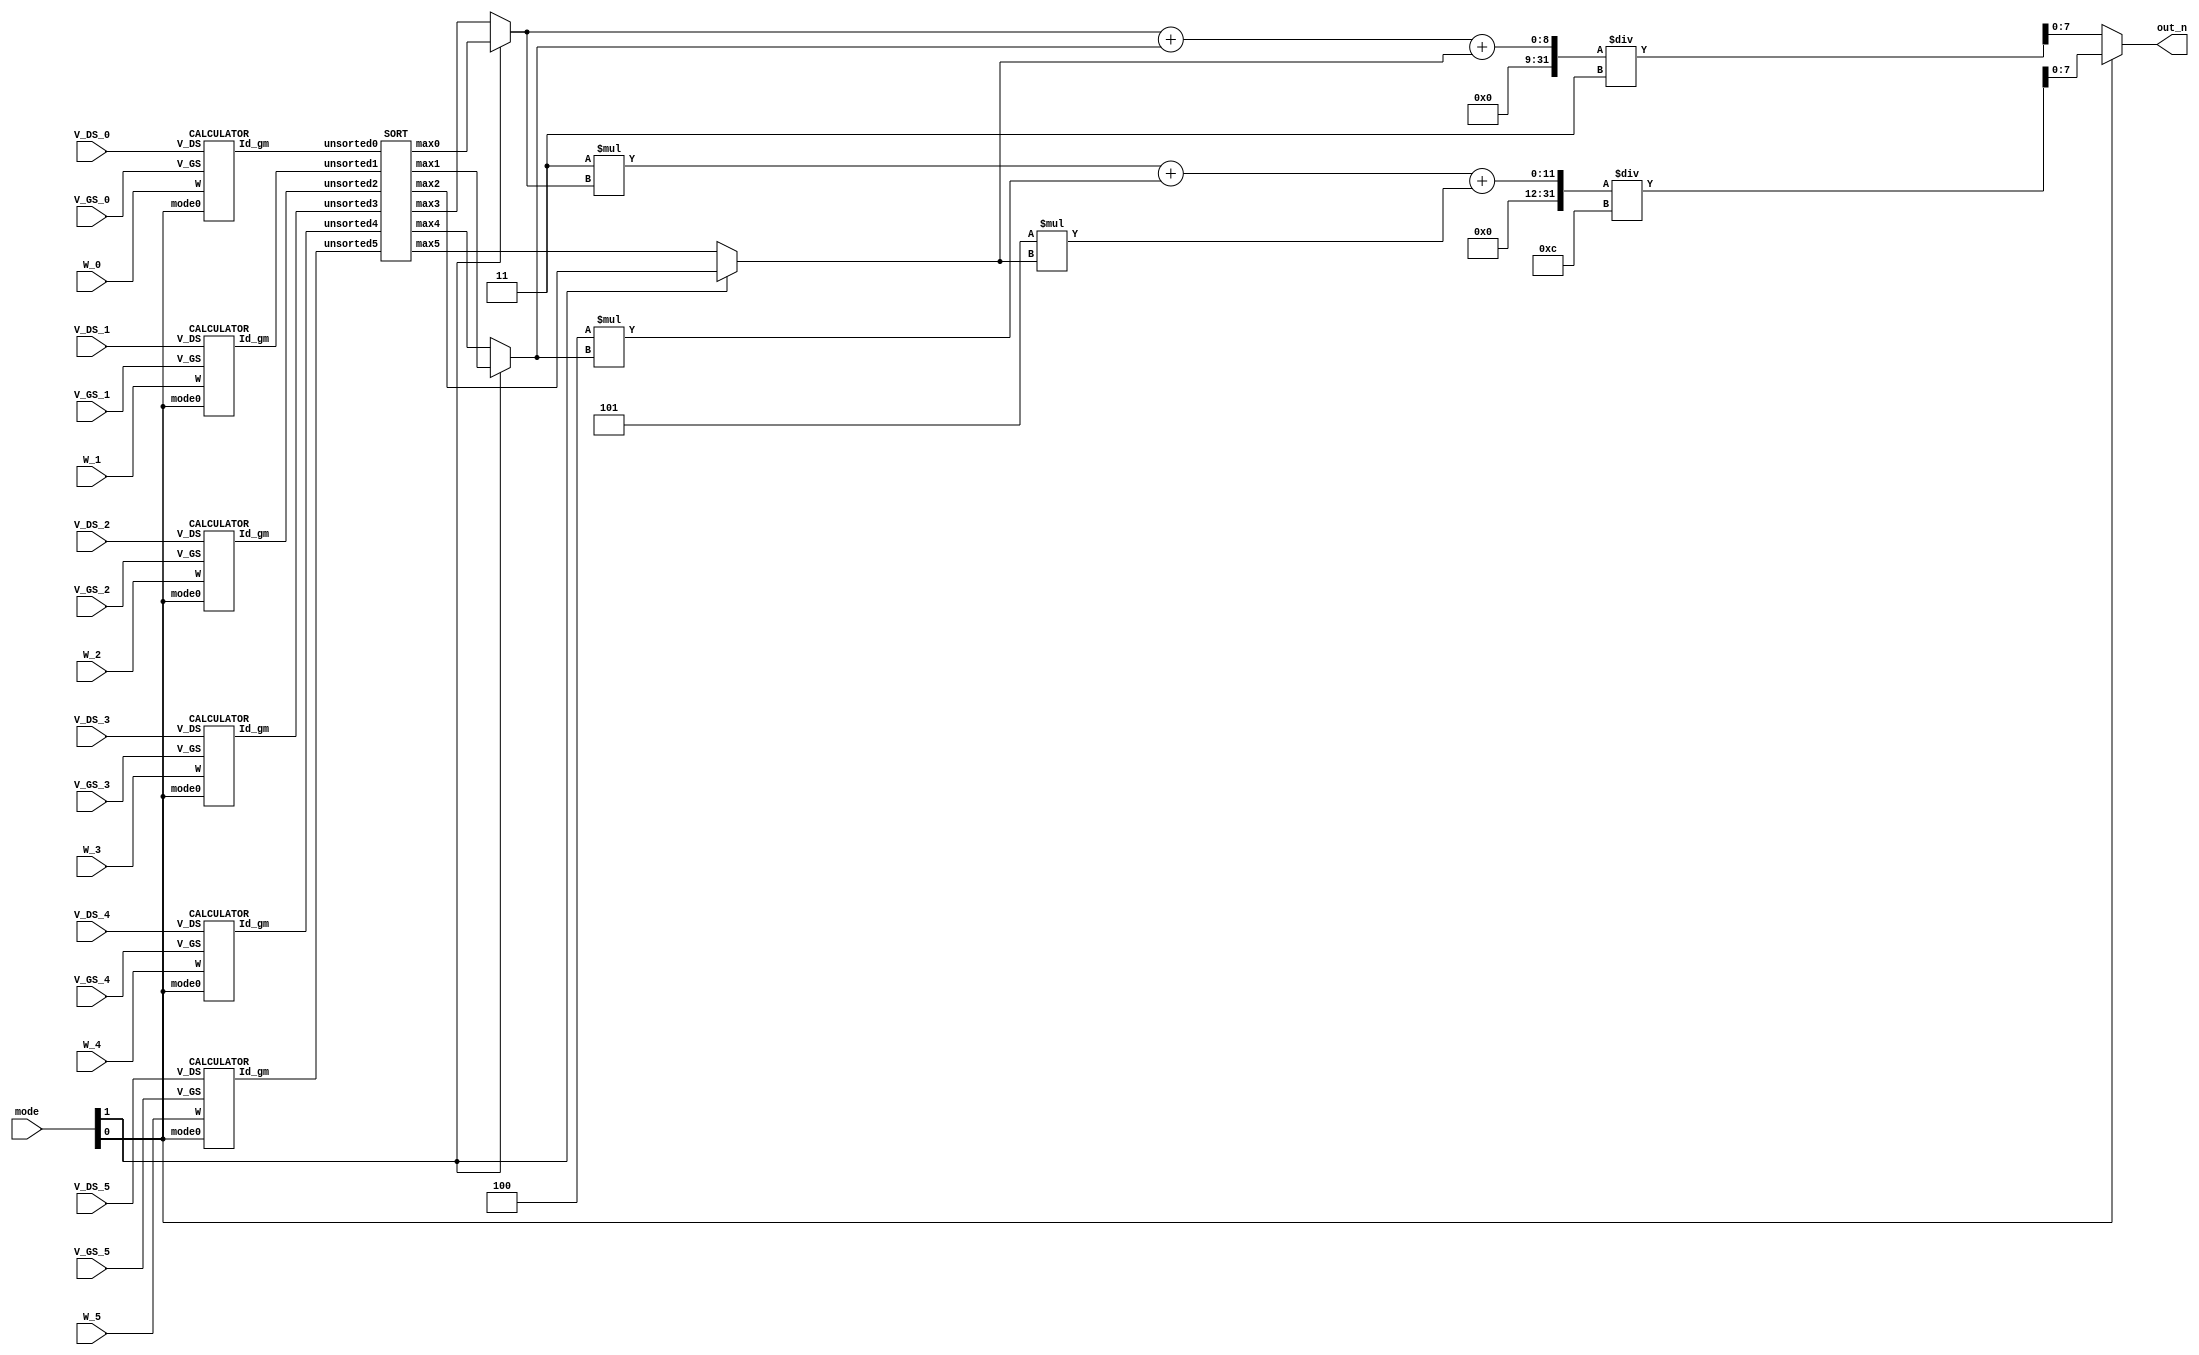
//############################################################################
//   2023 ICLAB Fall Course
//   Lab01       : Supper MOSFET Calculator(SMC)
//++++++++++++++++++++++++++++++++++++++++++++++++++++++++++++++++++++++++++++
//   Version     : v7.0
//   Module Name : SMC
//############################################################################

module SMC(
  // Input signals
    mode,
    W_0, V_GS_0, V_DS_0,
    W_1, V_GS_1, V_DS_1,
    W_2, V_GS_2, V_DS_2,
    W_3, V_GS_3, V_DS_3,
    W_4, V_GS_4, V_DS_4,
    W_5, V_GS_5, V_DS_5,
  // Output signals
    out_n
);

//================================================================
//   INPUT AND OUTPUT DECLARATION                         
//================================================================
input [2:0] W_0, V_GS_0, V_DS_0;
input [2:0] W_1, V_GS_1, V_DS_1;
input [2:0] W_2, V_GS_2, V_DS_2;
input [2:0] W_3, V_GS_3, V_DS_3;
input [2:0] W_4, V_GS_4, V_DS_4;
input [2:0] W_5, V_GS_5, V_DS_5;
input [1:0] mode;
output [7:0] out_n;         // use this if using continuous assignment for out_n  // Ex: assign out_n = XXX;
// output reg [7:0] out_n; 	// use this if using procedure assignment for out_n   // Ex: always@(*) begin out_n = XXX; end

//================================================================
//    Wire & Registers 
//================================================================
// Declare the wire/reg you would use in your circuit
// remember 
// wire for port connection and cont. assignment
// reg for proc. assignment
wire [6:0] Id_gm_0, Id_gm_1, Id_gm_2, Id_gm_3, Id_gm_4, Id_gm_5;
wire [6:0] max0, max1, max2, max3, max4, max5;
reg  [6:0] result0, result1, result2;

//================================================================
//    DESIGN
//================================================================

// --------------------------------------------------
// write your design here
// --------------------------------------------------

/*Calculate Id or gm*/
CALCULATOR c0(.W(W_0), .V_GS(V_GS_0), .V_DS(V_DS_0), .mode0(mode[0]), .Id_gm(Id_gm_0));
CALCULATOR c1(.W(W_1), .V_GS(V_GS_1), .V_DS(V_DS_1), .mode0(mode[0]), .Id_gm(Id_gm_1));
CALCULATOR c2(.W(W_2), .V_GS(V_GS_2), .V_DS(V_DS_2), .mode0(mode[0]), .Id_gm(Id_gm_2));
CALCULATOR c3(.W(W_3), .V_GS(V_GS_3), .V_DS(V_DS_3), .mode0(mode[0]), .Id_gm(Id_gm_3));
CALCULATOR c4(.W(W_4), .V_GS(V_GS_4), .V_DS(V_DS_4), .mode0(mode[0]), .Id_gm(Id_gm_4));
CALCULATOR c5(.W(W_5), .V_GS(V_GS_5), .V_DS(V_DS_5), .mode0(mode[0]), .Id_gm(Id_gm_5));

/*Sort Id or gm*/
SORT s0(.unsorted0(Id_gm_0), .unsorted1(Id_gm_1), .unsorted2(Id_gm_2), .unsorted3(Id_gm_3), .unsorted4(Id_gm_4), .unsorted5(Id_gm_5), .max0(max0), .max1(max1), .max2(max2), .max3(max3), .max4(max4), .max5(max5));

/*Select according to mode*/
always @(*) begin
	if(mode[1]) begin
		result0 = max0;
		result1 = max1;
		result2 = max2;
	end
	else begin
		result0 = max3;
		result1 = max4;
		result2 = max5;
	end
end

assign out_n = (mode[0])? (3 * result0 + 4 * result1 + 5 * result2) / 12 : (result0 + result1 + result2) / 3;

endmodule


//================================================================
//   SUB MODULE
//================================================================

module CALCULATOR(
  // Input signals
    W, V_GS, V_DS, mode0,
  // Output signals
    Id_gm
);

input [2:0] W, V_GS, V_DS;
input mode0;
output [6:0] Id_gm;

wire [2:0] V_GS_minus1;
wire [5:0] Id_gm_temp;

assign V_GS_minus1 = V_GS - 3'b1;

// (V_GS - 3'b1 > V_DS) ?
// truth : triode region
// false : saturation region

// mode0 == 1 : Id
// mode0 == 0 : gm

reg [2:0] operand1;
reg [3:0] operand2;

always @(*) begin
	if(V_GS_minus1 > V_DS) begin
		operand1 = V_DS;
		operand2 = 2 * V_GS_minus1 - V_DS;
	end
	else begin
		operand1 = V_GS_minus1;
		operand2 = V_GS_minus1;
	end
end

assign Id_gm_temp = (mode0)? operand1 * operand2 : 2 * operand1;
assign Id_gm = W * Id_gm_temp / 3;

endmodule

// sort
module SORT (unsorted0, unsorted1, unsorted2, unsorted3, unsorted4, unsorted5, max0, max1, max2, max3, max4, max5);
	input [6:0] unsorted0, unsorted1, unsorted2, unsorted3, unsorted4, unsorted5;
	output reg [6:0] max0, max1, max2, max3, max4, max5;

	reg [6:0] layer1_0, layer1_1, layer1_2, layer1_3, layer1_4, layer1_5;
	reg [6:0] layer2_0, layer2_1, layer2_2, layer2_3, layer2_4, layer2_5;
	reg [6:0]           layer3_1, layer3_2, layer3_3, layer3_4          ;
	reg [6:0]                     layer4_2, layer4_3                    ;

	always @(*) begin
		// layer 1
		if(unsorted0 > unsorted1) begin
			layer1_0 = unsorted0;
			layer1_1 = unsorted1;
		end
		else begin
			layer1_0 = unsorted1;
			layer1_1 = unsorted0;
		end

		if(unsorted2 > unsorted3) begin
			layer1_2 = unsorted2;
			layer1_3 = unsorted3;
		end
		else begin
			layer1_2 = unsorted3;
			layer1_3 = unsorted2;
		end

		if(unsorted4 > unsorted5) begin
			layer1_4 = unsorted4;
			layer1_5 = unsorted5;
		end
		else begin
			layer1_4 = unsorted5;
			layer1_5 = unsorted4;
		end

		// layer 2
		if(layer1_0 > layer1_2) begin
			layer2_0 = layer1_0;
			layer2_2 = layer1_2;
		end
		else begin
			layer2_0 = layer1_2;
			layer2_2 = layer1_0;
		end

		if(layer1_3 > layer1_5) begin
			layer2_3 = layer1_3;
			layer2_5 = layer1_5;
		end
		else begin
			layer2_3 = layer1_5;
			layer2_5 = layer1_3;
		end

		if(layer1_1 > layer1_4) begin
			layer2_1 = layer1_1;
			layer2_4 = layer1_4;
		end
		else begin
			layer2_1 = layer1_4;
			layer2_4 = layer1_1;
		end

		//layer 3
		if(layer2_0 > layer2_1) begin
			max0 = layer2_0;
			layer3_1 = layer2_1;
		end
		else begin
			max0 = layer2_1;
			layer3_1 = layer2_0;
		end
		
		if(layer2_2 > layer2_3) begin
			layer3_2 = layer2_2;
			layer3_3 = layer2_3;
		end
		else begin
			layer3_2 = layer2_3;
			layer3_3 = layer2_2;
		end

		if(layer2_4 > layer2_5) begin
			layer3_4 = layer2_4;
			max5     = layer2_5;
		end
		else begin
			layer3_4 = layer2_5;
			max5     = layer2_4;
		end

		// layer 4
		if(layer3_1 > layer3_2) begin
			max1     = layer3_1;
			layer4_2 = layer3_2;
		end
		else begin
			max1     = layer3_2;
			layer4_2 = layer3_1;
		end

		if(layer3_3 > layer3_4) begin
			layer4_3 = layer3_3;
			max4     = layer3_4;
		end
		else begin
			layer4_3 = layer3_4;
			max4     = layer3_3;
		end

		// layer 5
		if(layer4_2 > layer4_3) begin
			max2 = layer4_2;
			max3 = layer4_3;
		end
		else begin
			max2 = layer4_3;
			max3 = layer4_2;
		end
	end
endmodule